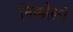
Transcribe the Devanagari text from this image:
निक्कोलो